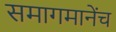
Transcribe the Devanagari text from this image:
समागमानेंच